King Institute of Preventive Medicine Micro-Biological Section reports 1909-11
Year: 1909
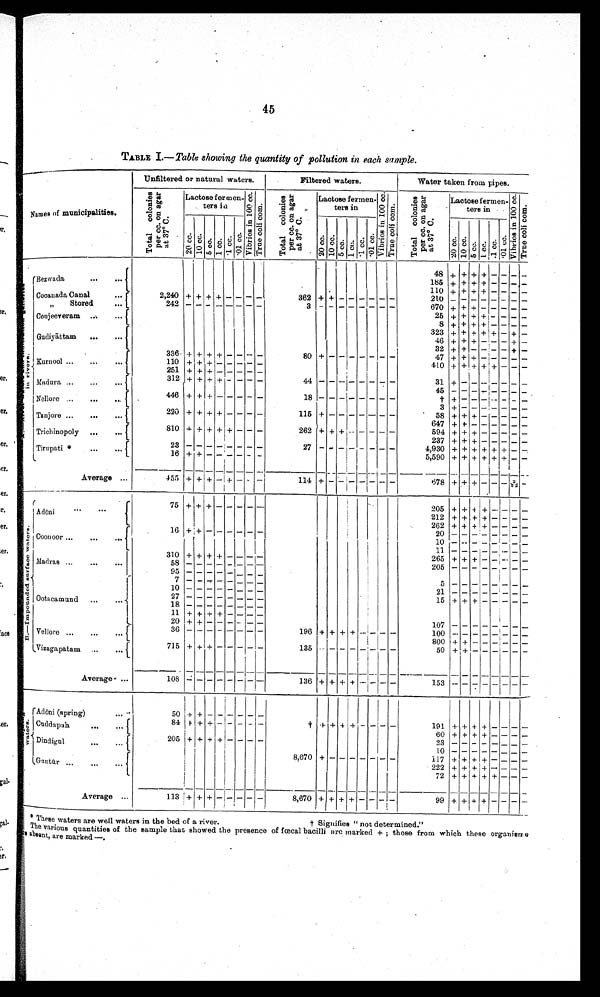
45
TABLE 1.—Table showing the quantity of pollution in each sample.
Names of municipalities.
Unfiltered or natural waters.
Filtered waters.
Water taken from pipes.
T o t a l c o l o n i e s p e r c c . o n a g a r a t 3 7 º C .
Lactose fermen-
ters in
V i b r i o s i n 1 0 0 c c .
T r u e c o l i c . o m
T o t a l c o l o n i e s p e r c c . o n a g a r a t 3 7 º C.
Lactose fermen-
ters in
V i b r i o s i n 1 0 0 c c .
. T r u e c o l i c . o m.
T o t a l c o l o n i e s p e r c c . o n a g a r a t 3 7 º C .
Lactose fermen-
tore in
V i b r i o s i n 1 0 0 c c .
True coli com.
20 cc. 10 cc.
5 cc. 1 cc.
. 1 c c
. 0 1 c c .
2 0 c c .
1 0 c c .
5 c.c 1. c c
. 1 c c . 0 1 c c .
2 0 c c . 1 0 c c . 5 c c .
1 c c .
. 1 cc.
. 0 1 c c .
A . — R i v e r w a t e r s a n d i n f i l t r a t i o n g a l l e r i e s i n r i v e r s .
48 + + + + -
- - -
Bezwada
...
. ..
185 + + +
- - - -
110 + + + + - - - -
Cocanada Canal
2,240 + + + + - - - -
362 + + - - - - - - 210
- - - - - - - -
„ Stored
242 - - -
- - - - -
3
- - - - - - - -
670 + + + - - - - -
25 + + + + - - - -
Conjeeveram
...
...
8 + + + + - - - -
323 + + + + + - + -
Gudiyāttam
...
...
46 + + +
-
- - + -
32 + + - - - - + -
Kurnool ...
...
...
336 + + + + - - - -
80
+ - - - - - - -
47 + + + - -
- - -
110 +
+
+
- - - - -
410 + + + + + - - -
251 + + + + - - - -
†
+ - - - - - - -
Madura -
,„
..,
312 + + + - - - - -
44 - - - - - - - -
31 + - - - - - - -
45
- - - - - - - -
Nellore ...
...
...
446 + + + - - - - -
18
- - - - - - - -
+ - - - - - - - -
Tanjore ,„
,,,
220 + + + + - - - -
115 + - - - - - - -
58 + + + - - - - -
647 + + - - - - - -
Trichinopoly
...
810 + + + + + - - -
262 + + + - - - - -
594 + + + - - - - -
237 + + + - - - - -
Tirupati *
23
+ - - - - - - -
27 - - - - - - - -
4,930 + + + + + + - -.
16 + +
- - - - - -
5,590 + + + + + + - -
Average ...
455 +
+
+
- + - - -
114 + - - -
-
- - -
678 + + +
- -
- 3/22
-
(
B . — I m p o u n d e d a u r f a c e w a t e r s .
Adōni
...
75 +
+
+ - - - - -
205 + + + + - - - -
212 + + + + - - - -
262 + + + + - - - -
Coonoor ...
...
16 + +
- - - - -
20
- - - - - - - -
10 - - - - - - - -
11 - -
-- - - - -
Madras ...
...
...
310 + + + + - -
- -
265 + + + - - - - -
58 - - - - - - - -
205 - - - - - - - -
95
- - - - - - - -
Ootacamund
...
.
7
- - - - - - - -
5 - - - - - - - -
10 - - - - - - - -
21 - - - - - - - -
27 - - - - - - - -
15 + +
+
- - - - -
18
- - - - - - - -
11 + + + + - - - -
20 + + - - - - - -
107 - - - - - - - -
Vellore
36 - - - - - - - -
196 + + + + - - - - 100
- - - - - - - -
800 + + - - - - - -
Vizagapatam
715 + + + - - - - -
135 - - - - - - - -
50 + + - - - - - -
i
A v e r a g e
1O8
-- - - - - - -
136 + + + +
- - - -
153 - - - - - - - -
C . — S p r i n g w a t e r s .
Adōni (spring)
...
50
+
+ -
- - - - -
Cuddapah
84 + + + - - - - -
†. + + + + - - - -
191 + + + + - - - -
60 + + + + - - - -
Dindigul
205 + + + + - - - -
23
- - - - - - - -
10 - - - - - - - -
Guntùr ...
.
. . .
8,670 + - - - - - - -
117 + + + + - -
- -
222 + + + + - - - -
72 + + + + + - - -
Average ...
113 + + + - - - - -
8,670 + + + + - - - -
99 + + + + - - - -
* These waters are well waters in the bed of a river. † Signifies "not determined."
The various quantities of the sample that showed the presence of fcecal bacilli are marked + ; those from which these organie
ms are absent, are marked—.